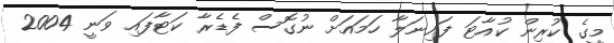
މީގެ ކުރިން ކުއާޓަ ފައިނަލާ ހަމައަށް ނުގޮސް ފެޑެރާ ކަޓާފައި ވަނީ 2004